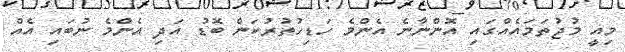
މިއީ މުޖުތަމައެއްގައި އޮންނާނެ އެންމެ ހަޑިހުތުރުކަން ބޮޑު އަދި އެންމެ ނުބައި އެއް